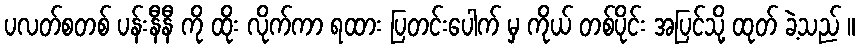
ပလတ်စတစ် ပန်းနီနီ ကို ထိုး လိုက်ကာ ရထား ပြတင်းပေါက် မှ ကိုယ် တစ်ပိုင်း အပြင်သို့ ထုတ် ခဲ့သည် ။